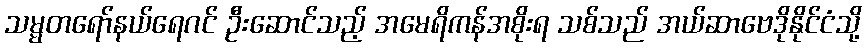
သမ္မတရော်နယ်ရေဂင် ဦးဆောင်သည့် အမေရိကန်အစိုးရ သစ်သည် အယ်ဆာဗေဒိုနိုင်ငံသို့